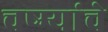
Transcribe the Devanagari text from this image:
चष्म्यांचे